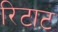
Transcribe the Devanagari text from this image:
रिटाट